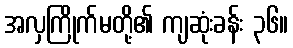
အလှကြိုက်မတို့၏ ကျဆုံးခန်း ၃၆။